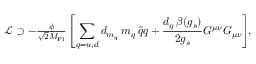
\begin{array} { r } { \! \! \! \! \! \! \! \! \! \! \mathcal { L } \supset - \frac { \phi } { \sqrt { 2 } M _ { \mathrm { P l } } } \left[ \displaystyle \sum _ { q = u , d } d _ { m _ { q } } \, m _ { q } \, \bar { q } q + \frac { d _ { g } \, \beta ( g _ { s } ) } { 2 g _ { s } } G ^ { \mu \nu } G _ { \mu \nu } \right] \! \! , } \end{array}